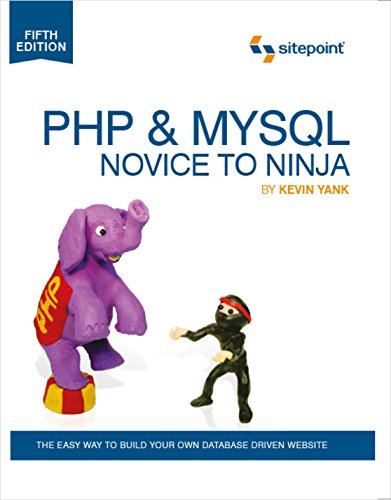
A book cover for PHP & MySQL: Novice to Ninja; Kevin Yank; Computers & Technology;